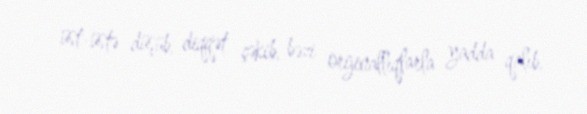
üst-üstə düşüb, diqqət çəkib, bəzi orijinallıqlarla yadda qalıb.